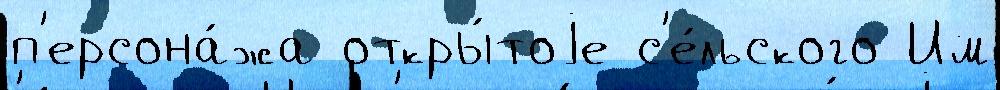
п'ерсона́жа откры́тоjе с'е́льского Им